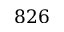
8 2 6